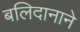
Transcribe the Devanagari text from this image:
बलिदानाने